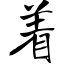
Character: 着